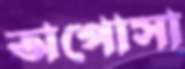
অপোসা